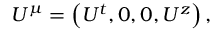
U ^ { \mu } = \left( U ^ { t } , 0 , 0 , U ^ { z } \right) ,